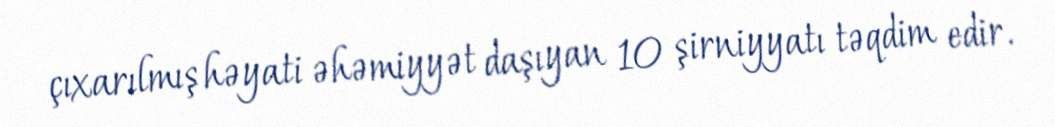
çıxarılmış həyati əhəmiyyət daşıyan 10 şirniyyatı təqdim edir.